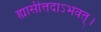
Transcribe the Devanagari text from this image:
ह्यासीत्तदाऽभवत्।